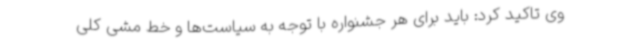
وی تاکید کرد: باید برای هر جشنواره با توجه به سیاست‌ها و خط مشی کلی